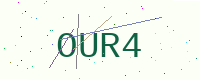
Text: OUR4